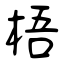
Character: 梧